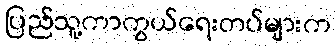
ပြည်သူ့ကာကွယ်ရေးတပ်များက